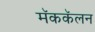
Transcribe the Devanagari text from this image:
मॅककॅलन